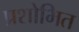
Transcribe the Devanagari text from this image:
प्रशोभित